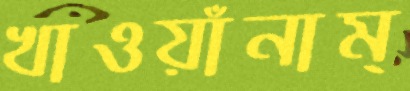
খাওয়াঁনাম্